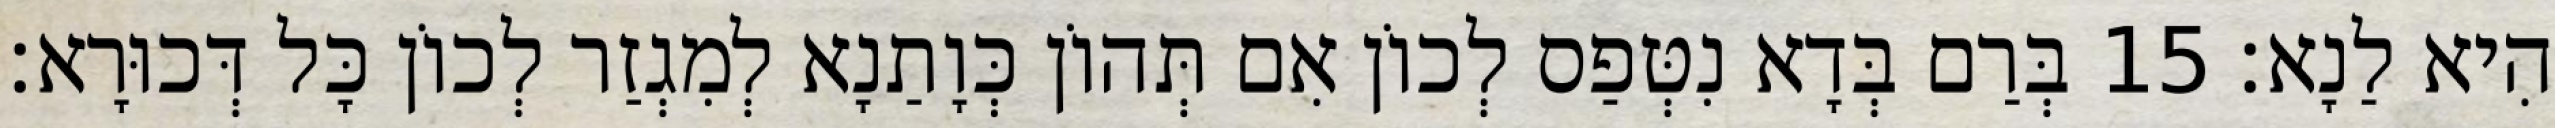
הִיא לַנָא׃ 15 בְּרַם בְּדָא נִטְּפַס לְכוֹן אִם תְּהוֹן כְּוָתַנָא לְמִגְזַר לְכוֹן כָּל דְּכוּרָא׃